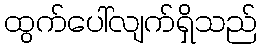
ထွက်ပေါ်လျက်ရှိသည်